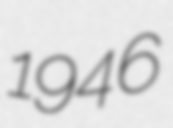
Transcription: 1946